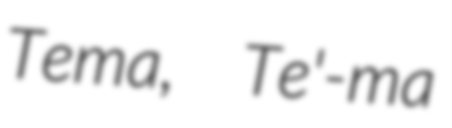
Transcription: Tema,  Te'-ma